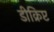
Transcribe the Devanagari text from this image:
डीक्रिप्ट